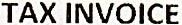
TAX INVOICE